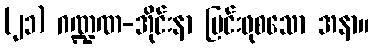
(၂၁) ဂဏ္ဍဏ-အိုင်းနာ မြင်းဖုစသော အနာ။